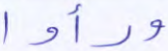
ورأوا